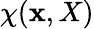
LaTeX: \chi(\mathbf{x},X)